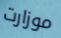
موزارت